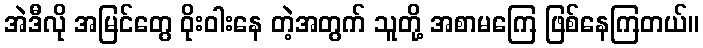
အဲဒီလို အမြင်တွေ ဝိုးဝါးနေ တဲ့အတွက် သူတို့ အစာမကြေ ဖြစ်နေကြတယ်။